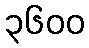
၃၆၀၀